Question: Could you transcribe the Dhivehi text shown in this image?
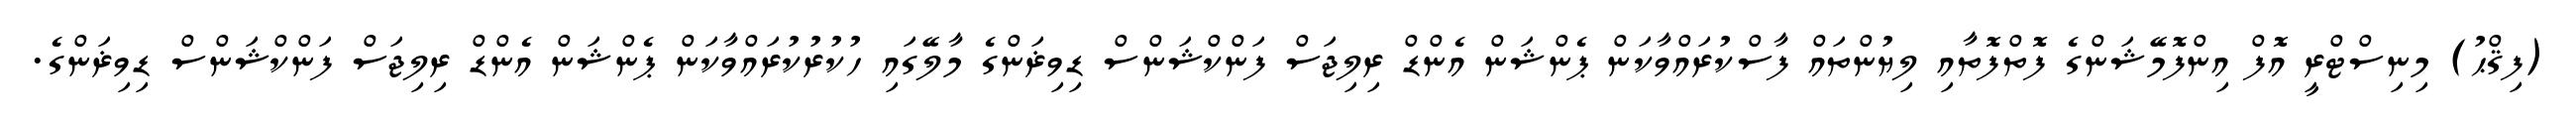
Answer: (ފިޤްޙު) މިނިސްޓްރީ އޮފް އިންފޮމޭޝަންގެ ފޮތްފޮތާއި ލިޔުންތައް ފާސްކުރައްވާކަން ޕެންޝަން އެންޑް ރިލިޖަސް ފަންކްޝަންސް ޑިވިޜަންގެ މާލޭގައި ހުކުރުކުރައްވާކަން ޕެންޝަން އެންޑް ރިލިޖަސް ފަންކްޝަންސް ޑިވިޜަންގެ.